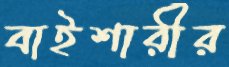
বাইশারীর